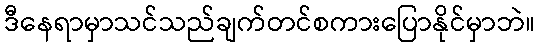
ဒီနေရာမှာသင်သည်ချက်တင်စကားပြောနိုင်မှာဘဲ။